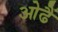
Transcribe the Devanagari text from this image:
ओढैं